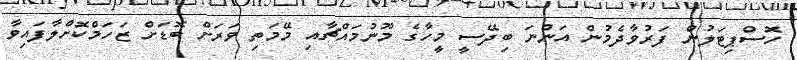
ހޮސްޕިޓަލުން ފަރުވާދެމުން އަންނަ ބިދޭސީ މީހާގެ މޫނުމައްޗާއި މޭމަތި ވަަރަށް ބޮޑަށް ޒަހަމްކޮށްލާފައިވާ